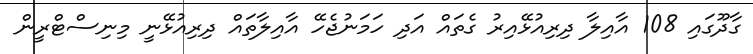
ގާދޫގައި 108 އާއިލާ ދިރިއުޅޭއިރު ގެތައް އަދި ހަމަނުޖެހޭ އާއިލާތައް ދިރިއުޅޭނީ މިނިސްޓްރީން